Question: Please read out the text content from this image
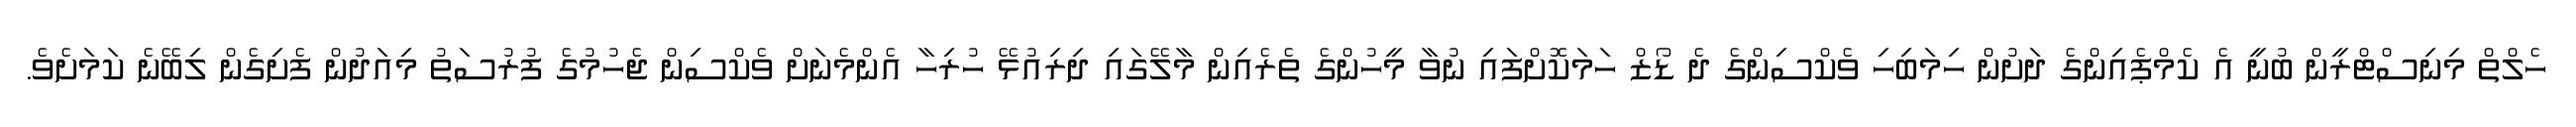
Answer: ހެލްތް މިނިސްޓްރީން ބުނީ އެ ކެމްޕެއިންގެ ދަށުން ހިމަބިހި ވެކްސިންގެ ދެ ޑޯޒް ހަމަކޮށްފައި ނުވާ މީހުންގެ ތެރެއިން މާލޭގައި ދިރިއުޅޭ ހުރިހާ އެންމެނަށް ވެކްސިން ޖެހުމުގެ ފުރުސަތު މިއަދުން ފެށިގެން ލިބޭނެ ކަމަށެވެ.